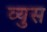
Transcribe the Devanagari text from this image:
व्युस